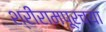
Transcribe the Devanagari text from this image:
श्रीरामपूरच्या